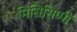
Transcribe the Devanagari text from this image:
मिसिसिप्‍पी